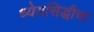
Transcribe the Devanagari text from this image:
ध्येयसिद्धीचा